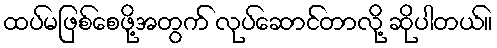
ထပ်မဖြစ်စေဖို့အတွက် လုပ်ဆောင်တာလို့ ဆိုပါတယ်။